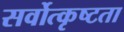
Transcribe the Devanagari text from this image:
सर्वोत्कृष्टता